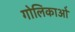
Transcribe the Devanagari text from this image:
गोलिकाओं